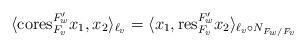
LaTeX: \begin{align*} \langle {\rm cores}^{F'_{w}}_{F_{v} } x_{1}, x_{2}\rangle_{\ell_{v}} = \langle x_{1}, {\rm res}^{F'_{w}}_{F_{v}} x_{2}\rangle_{\ell_{v}\circ N_{F_{w}/F_{v}}} \end{align*}